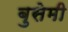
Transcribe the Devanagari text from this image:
बुसेमी